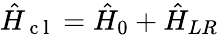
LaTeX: \hat{H}_{\mathrm{~c~l~}}=\hat{H}_{0}+\hat{H}_{LR}